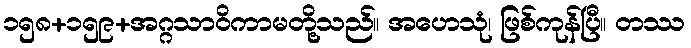
၁၅၈+၁၅၉+အဂ္ဂသာဝိကာမတို့သည်။ အဟေသုံ၊ ဖြစ်ကုန်ပြီ။ တဿ